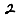
Digit: 2